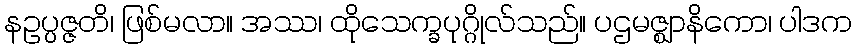
နဥပ္ပဇ္ဇတိ၊ ဖြစ်မလာ။ အဿ၊ ထိုသေက္ခပုဂ္ဂိုလ်သည်။ ပဌမဇ္ဈာနိကော၊ ပါဒက